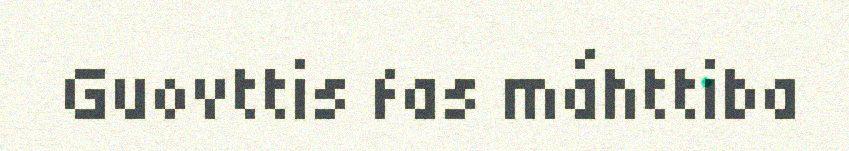
Guovttis fas máhttiba